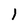
Character: 1